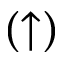
( \uparrow )